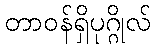
တာဝန်ရှိပုဂ္ဂိုလ်